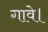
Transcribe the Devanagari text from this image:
गावे।